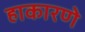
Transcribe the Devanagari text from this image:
हाकारणे